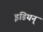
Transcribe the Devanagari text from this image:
इंडियन्